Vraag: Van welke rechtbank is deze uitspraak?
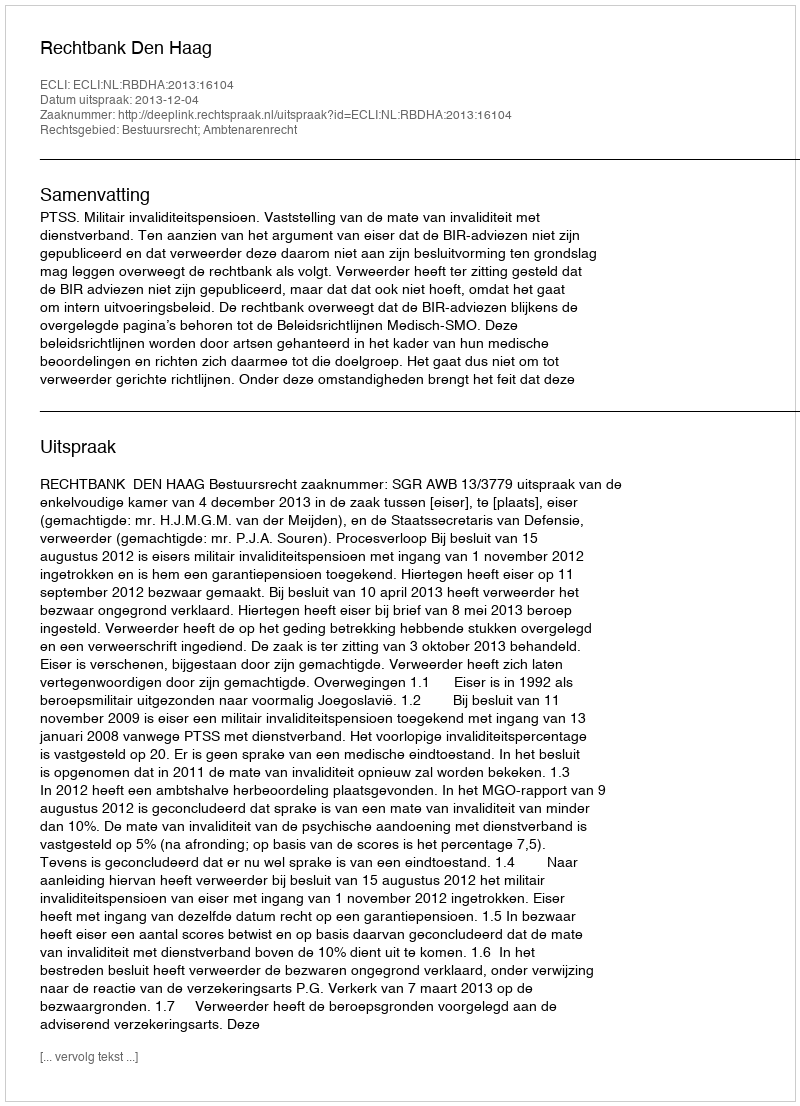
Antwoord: Rechtbank Den Haag